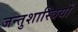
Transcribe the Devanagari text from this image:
जन्तुशास्त्रियों